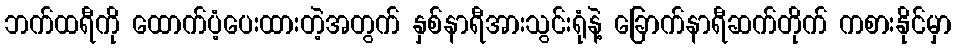
ဘက်ထရီကို ထောက်ပံ့ပေးထားတဲ့အတွက် နှစ်နာရီအားသွင်းရုံနဲ့ ခြောက်နာရီဆက်တိုက် ကစားနိုင်မှာ